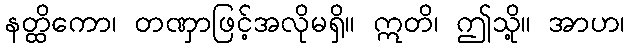
နတ္ထိကော၊ တဏှာဖြင့်အလိုမရှိ။ ဣတိ၊ ဤသို့။ အာဟ၊